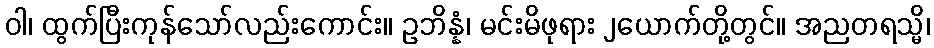
ဝါ၊ ထွက်ပြီးကုန်သော်လည်းကောင်း။ ဥဘိန္နံ၊ မင်းမိဖုရား ၂ယောက်တို့တွင်။ အညတရသ္မိ၊